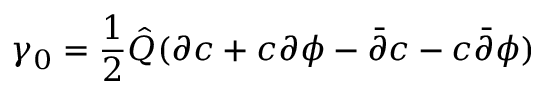
\gamma _ { 0 } = \frac { 1 } { 2 } { \hat { Q } } ( \partial c + c \partial \phi - { \bar { \partial } } c - c { \bar { \partial } } \phi )